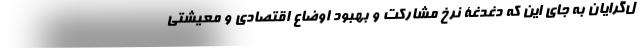
ل‌گرایان به جای این که دغدغۀ نرخ مشارکت و بهبود اوضاع اقتصادی و معیشتی